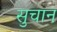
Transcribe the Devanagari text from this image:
सुचान